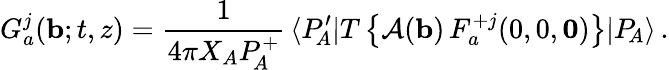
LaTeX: G_{a}^{j}({\mathbf b};t,z)={\frac{1}{4\pi X_{A}P_{\! A}^{+}}}\, \langle P_{\! A}^{\prime}|T\left\{ {\cal A}({\mathbf b})\, F_{a}^{+j}(0,0,{\mathbf 0})\right\} |P_{\! A}\rangle\, .